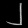
Digit: ၂